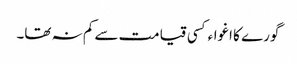
گورے کا اغواءکسی قیامت سے کم نہ تھا۔